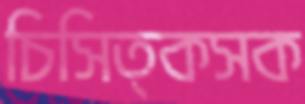
চিসিত্কসক